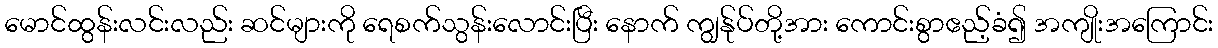
မောင်ထွန်းလင်းလည်း ဆင်များကို ရေစက်သွန်းလောင်းပြီး နောက် ကျွန်ုပ်တို့အား ကောင်းစွာဧည့်ခံ၍ အကျိုးအကြောင်း